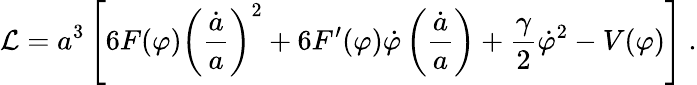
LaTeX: {\cal L}=a^{3}\left[6F(\varphi)\left(\frac{\dot{a}}{a}\right)^{2}+6F^{\prime}(\varphi)\dot{\varphi}\left(\frac{\dot{a}}{a}\right)+\frac{\gamma}{2}\dot{\varphi}^{2}-V(\varphi)\right]\ .